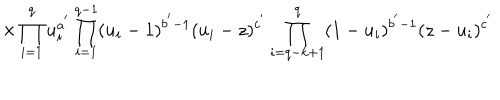
LaTeX: \hspace { 1 5 m m } \times \prod _ { i = 1 } ^ { q } u _ { i } ^ { a ^ { ' } } \prod _ { i = 1 } ^ { q - 1 } ( u _ { i } - 1 ) ^ { b ^ { ' } - 1 } ( u _ { i } - z ) ^ { c ^ { ' } } \prod _ { i = q - k + 1 } ^ { q } ( 1 - u _ { i } ) ^ { b ^ { ' } - 1 } ( z - u _ { i } ) ^ { c ^ { ' } }